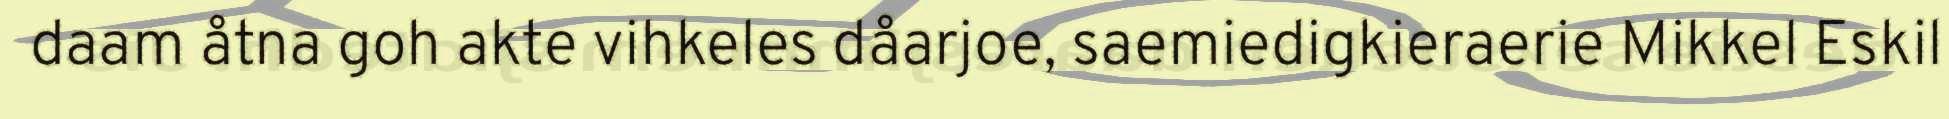
daam åtna goh akte vihkeles dåarjoe, saemiedigkieraerie Mikkel Eskil